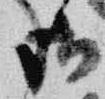
御